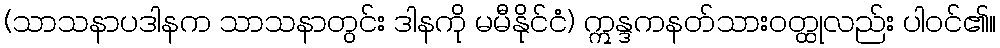
(သာသနာပဒါနက သာသနာတွင်း ဒါနကို မမီနိုင်ငံ) ဣန္ဒကနတ်သားဝတ္ထုလည်း ပါဝင်၏။